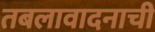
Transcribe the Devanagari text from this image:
तबलावादनाची